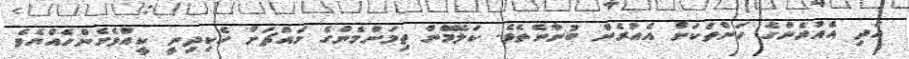
އަދި އެއުރެންގެ ހަންތަކަށް އެއުރެން ބުނާނެތެވެ. ކަލޭމެން ތިމަންމެންގެ މައްޗަށް ހެކިދިނީ ކީއްވެގެންހެއްޔެވެ